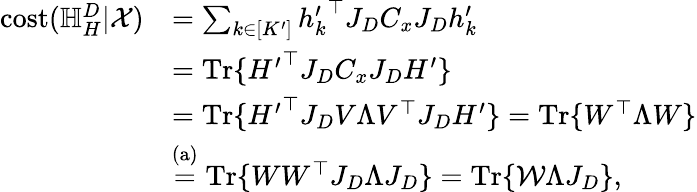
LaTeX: \begin{array}{rl}{\mathrm{cost}(\mathbb{H}_{H}^{D}|\mathcal{X})}&{=\sum_{k\in[K^{\prime}]}{h_{k}^{\prime}}^{\top}J_{D}C_{x}J_{D}h_{k}^{\prime}}\\ &{=\mathrm{Tr}\{ {H^{\prime}}^{\top}J_{D}C_{x}J_{D}H^{\prime}\} }\\ &{=\mathrm{Tr}\{ {H^{\prime}}^{\top}J_{D}V\Lambda V^{\top}J_{D}H^{\prime}\} =\mathrm{Tr}\{ W^{\top}\Lambda W\} }\\ &{\stackrel{(\mathrm{a})}{=}\mathrm{Tr}\{ WW^{\top}J_{D}\Lambda J_{D}\} =\mathrm{Tr}\{ \mathcal{W}\Lambda J_{D}\} ,}\end{array}